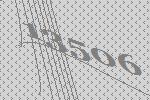
13506